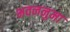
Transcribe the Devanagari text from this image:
भवननुमा